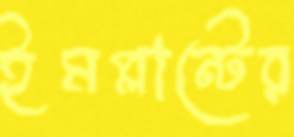
ইমপ্লান্টের